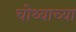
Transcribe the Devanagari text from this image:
चोथ्याच्या